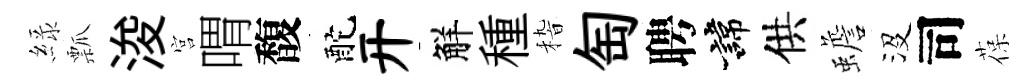
緑瓢浚宫喟馥酡开觧種𥟵匋聘諱供蟾沒司葆